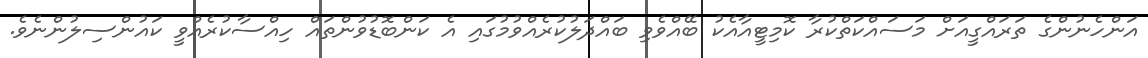
އަންހެނުންގެ ތަރައްގީއަށް މަސައްކަތްކުރާ ކޮމިޓީއާއެކު ބޭއްވެވި ބައްދަލުކުރެެއްވުމުގައި އެ ކަންބޮޑުވުންތައް ހިއްސާކުރެއްވީ ކައުންސިލުންނެވެ.